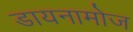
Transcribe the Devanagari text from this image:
डायनामोज